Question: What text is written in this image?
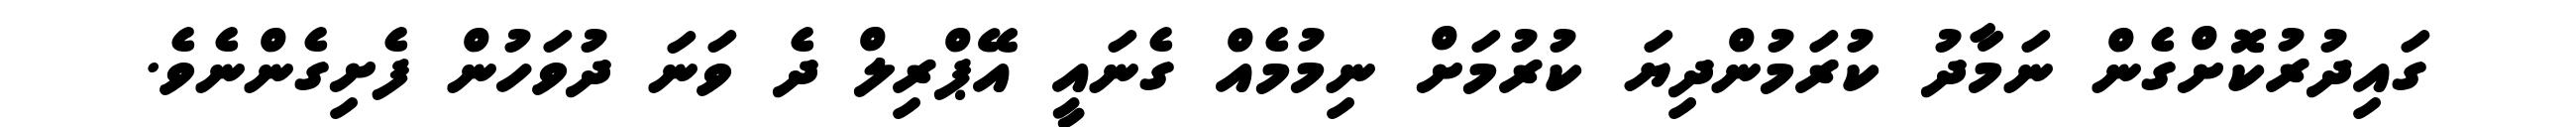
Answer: ގައިދުރުކޮށްގެން ނަމާދު ކުރަމުންދިޔަ ކުރުމަށް ނިމުމެއް ގެނައީ އޭޕްރިލް ދެ ވަނަ ދުވަހުން ފެށިގެންނެވެ.